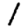
Digit: 1